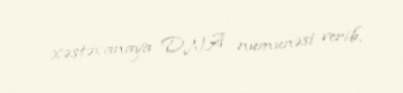
xəstəxanaya DNA nümunəsi verib.